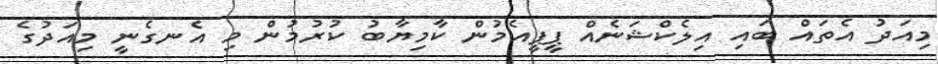
މިއަދު އެތައް ބައި އިލެކްޝަނެއް ޕީޕީއެމުން ކާމިޔާބު ކުރުމުން މި އެނގެނީ މިއަދުގެ